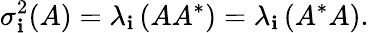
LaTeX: \sigma_{\mathbf{i}}^{2}(A)=\lambda_{\mathbf{i}}\left(AA^{*}\right)=\lambda_{\mathbf{i}}\left(A^{*}A\right).